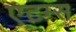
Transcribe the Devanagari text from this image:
एटम्स